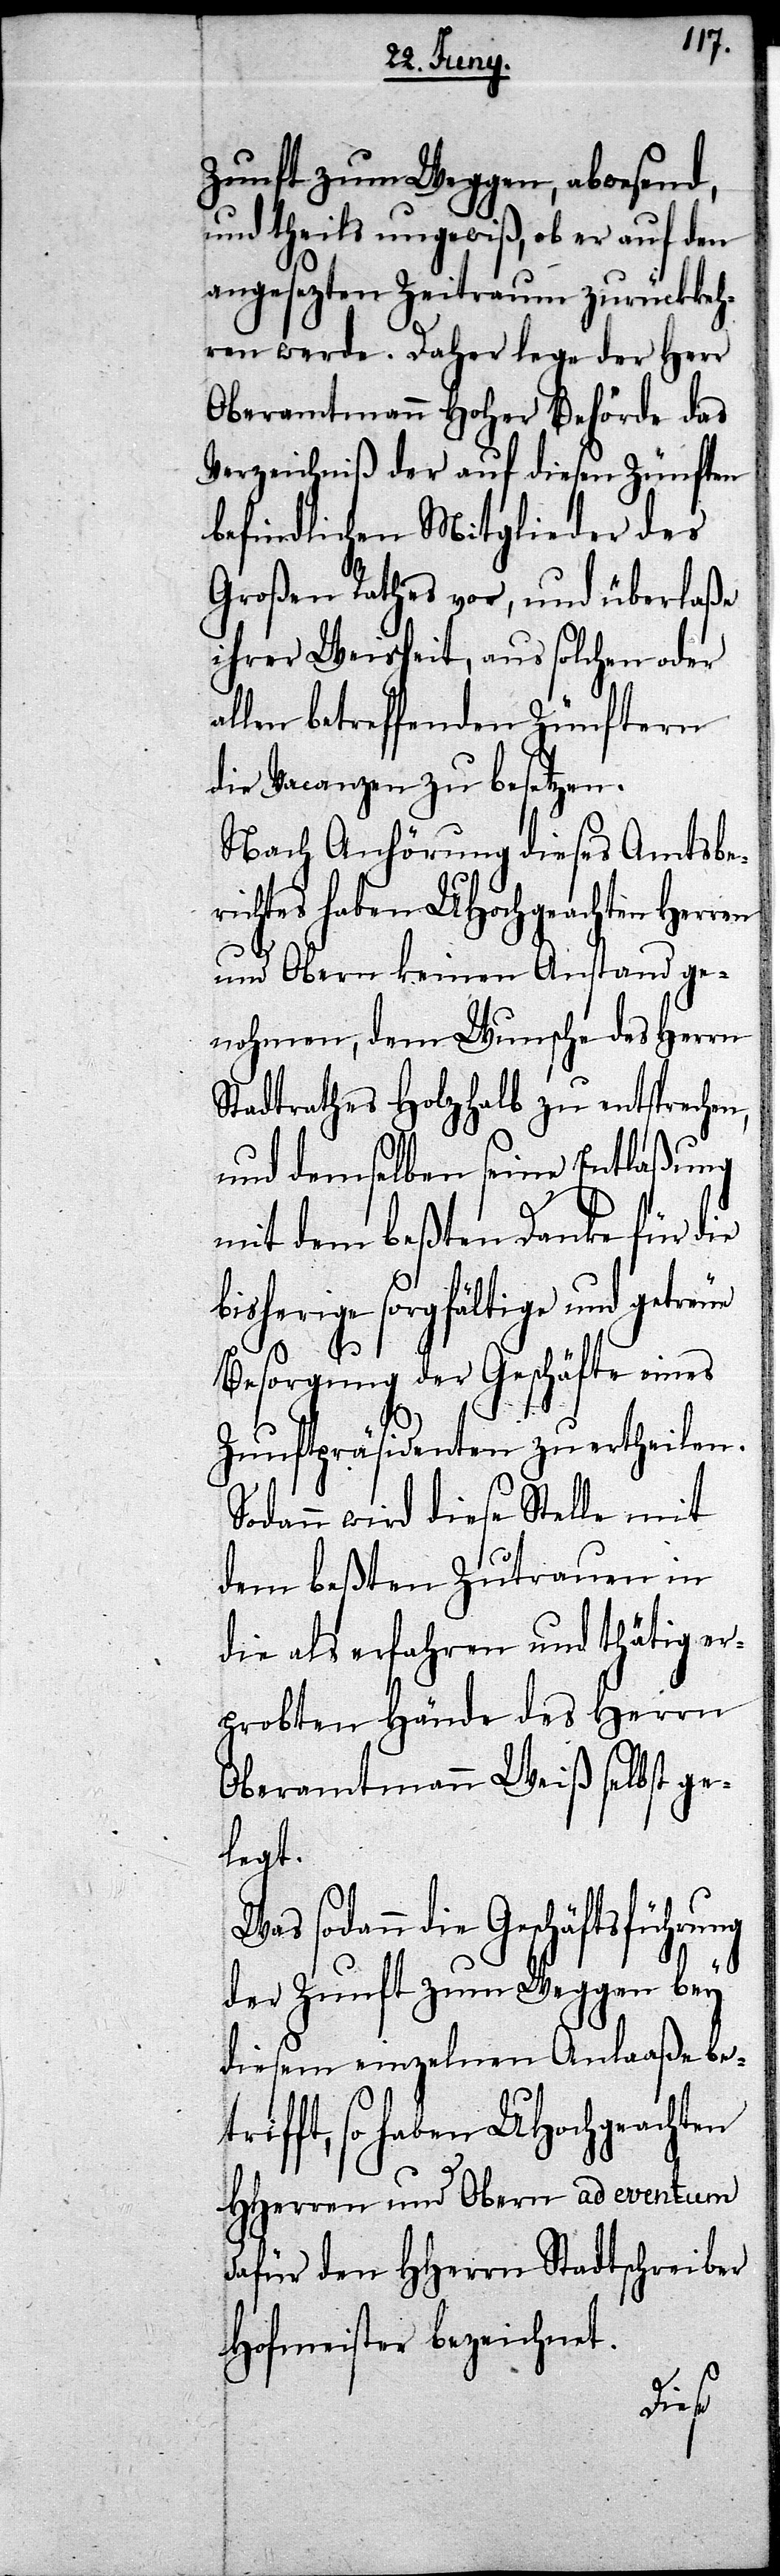
Zunft zum Weggen, abwesend,
und theils ungewiß, ob er auf den
angesezten Zeitraum zurückkeh¬
ren werde. Daher lege der Herr
Oberamtmann Hoher Behörde das
Verzeichniß der auf diesen Zünften
befindlichen Mitglieder des
Großen Rathes vor, und überlaße
ihrer Weisheit, aus solchen oder
allen betreffenden Zünften
die Vacanzen zu besetzen.
Nach Anhörung dieses Amtsbe¬
richtes haben UHochgeachten Herren
und Obern keinen Anstand ge¬
nohmen, dem Wunsche des Herrn
Stadtrathes Holzhalb zu entsprechen,
und demselben seine Entlaßung
mit dem beßten Danke für die
bisherige sorgfältige und getreue
Besorgung der Geschäfte eines
Zunftpräsidenten zu ertheilen.
Sodann wird diese Stelle mit
dem beßten Zutrauen in
die als erfahren und thätig er¬
probten Hände des Herrn
Oberamtmann Weiß selbst ge¬
legt.
sodann die Geschäftsführung
der Zunft zum Weggen bey
diesem einzelnen Anlaaße bet¬
rifft, so haben UHochgeachten
HHerren und Obern ad eventum
dafür den Herrn Stadtschreiber
Hofmeister bezeichnet.